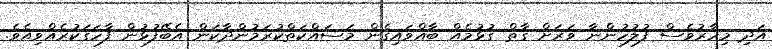
އަދި މިހާރުވެސް ފުލުހުންނާ ވަރަށް ގާތް ގުޅުމެއް ބާއްވައިގެން މަސައްކަތްކުރަމުންދާކަން އެބޭފުޅުން ފާހަގަކުރެއްވިއެވެ.